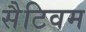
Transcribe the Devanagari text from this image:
सैटिवम